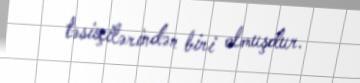
təsisçilərindən biri olmuşdur.